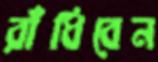
রাঁধিবেন